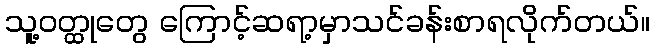
သူ့ဝတ္ထုတွေ ကြောင့်ဆရာ့မှာသင်ခန်းစာရလိုက်တယ်။